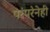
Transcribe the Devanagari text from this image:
परंपरेनेही